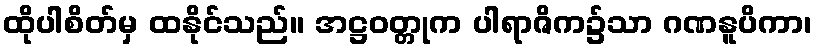
ထိုပါစိတ်မှ ထနိုင်သည်။ အဋ္ဌဝတ္တုက ပါရာဇိက၌သာ ဂဏနူပိကာ၊